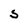
Character: S